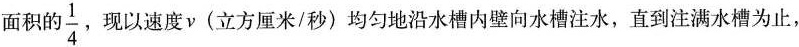
面积\frac{1}{4} 现以速度\nu(立方厘米/秒)均匀地沿水槽内壁向水槽注水，直到注满水槽为止